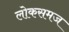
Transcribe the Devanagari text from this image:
लोकसमज